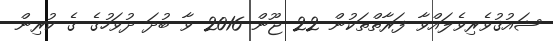
ޝައުޤުވެރިވެލައްވާ ފަރާތްތަކުން 22 ޖޫން 2016 ވާ ބުދަ ދުވަހުގެ ގެ ކުރިން